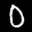
Label: 0